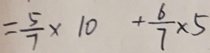
= \frac { 5 } { 7 } \times 1 0 + \frac { 6 } { 7 } \times 5